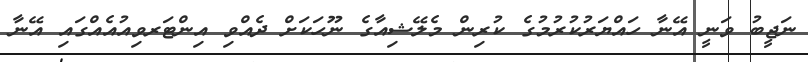
ނަޖީބު ވަނީ އޭނާ ހައްޔަރުކުރުމުގެ ކުރިން މެލޭޝިއާގެ ނޫހަކަށް ދެއްވި އިންޓަރވިއުއެއްގައި އޭނާ